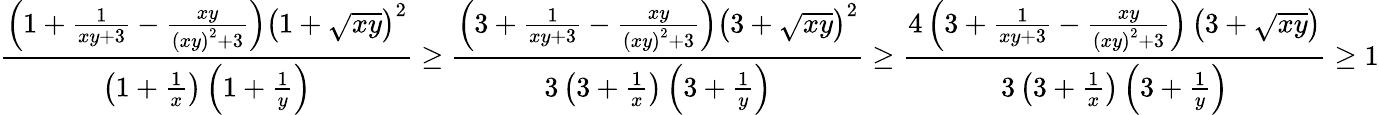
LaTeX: \frac{\left(1+\frac{1}{xy+3}-\frac{xy}{\left(xy\right)^{2}+3}\right)\left(1+\sqrt{xy}\right)^{2}}{\left(1+\frac{1}{x}\right)\left(1+\frac{1}{y}\right)}\ge\frac{\left(3+\frac{1}{xy+3}-\frac{xy}{\left(xy\right)^{2}+3}\right)\left(3+\sqrt{xy}\right)^{2}}{3\left(3+\frac{1}{x}\right)\left(3+\frac{1}{y}\right)}\ge\frac{4\left(3+\frac{1}{xy+3}-\frac{xy}{\left(xy\right)^{2}+3}\right)\left(3+\sqrt{xy}\right)}{3\left(3+\frac{1}{x}\right)\left(3+\frac{1}{y}\right)}\ge 1